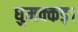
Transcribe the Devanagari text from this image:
घुमक्कड़।